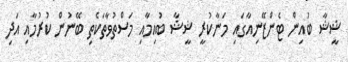
ޝީޝާ ބުއިން ޓެންޒޭނިއާގައި މަނާކުރީ ޝީޝާ ބުއިމާއި މަސްތުވާތަކެތި ބޭނުން ކުުރުމާއި އަދި